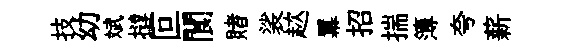
技幼斌撻叵閬賭裟趑羃招揣簿夸薪